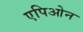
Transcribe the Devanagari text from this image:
एपिओन